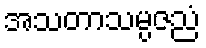
အသတာသမ္ပဇညံ